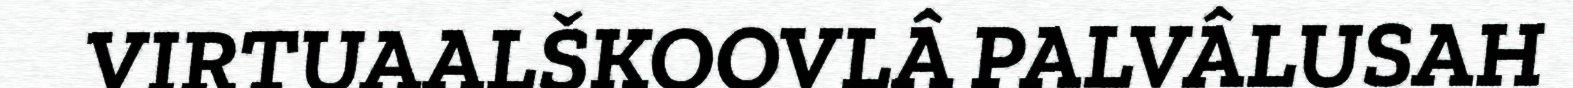
VIRTUAALŠKOOVLÂ PALVÂLUSAH